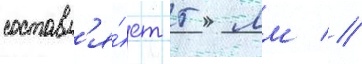
составл'я́ет 5 мм //